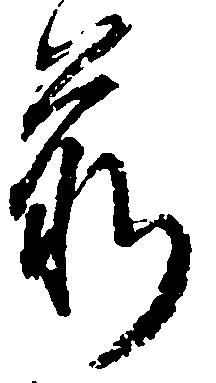
前